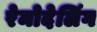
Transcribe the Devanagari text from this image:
रेमोदेलिंग